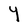
Character: Y